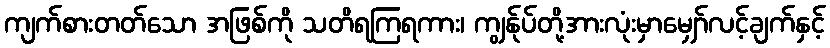
ကျက်စားတတ်သော အဖြစ်ကို သတိရကြရကား၊ ကျွန်ုပ်တို့အားလုံးမှာမျှော်လင့်ချက်နှင့်